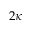
2 \kappa